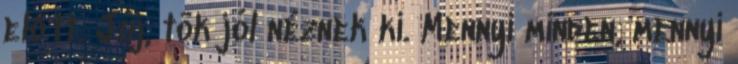
előtt. Júj, tök jól néznek ki. Mennyi minden, mennyi